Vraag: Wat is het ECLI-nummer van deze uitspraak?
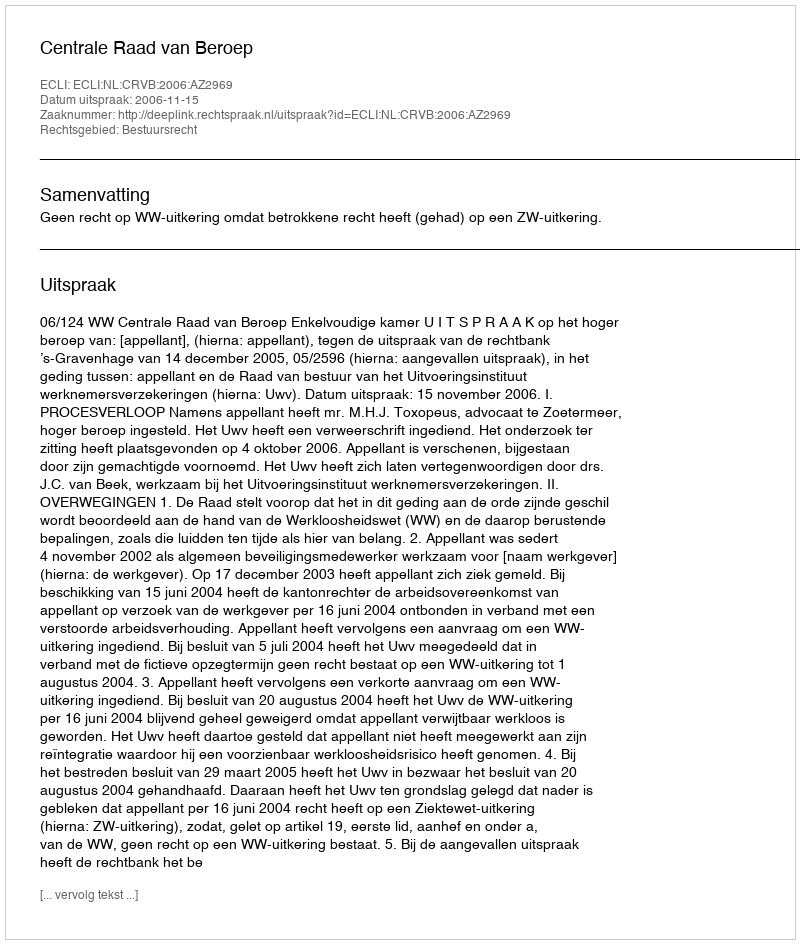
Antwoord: ECLI:NL:CRVB:2006:AZ2969